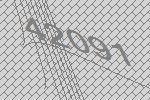
42091